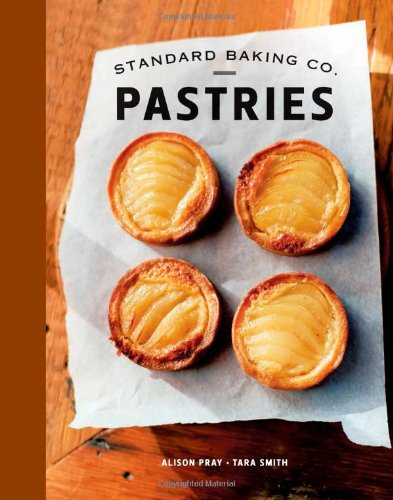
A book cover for Standard Baking Co. Pastries; Alison Pray; Cookbooks, Food & Wine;